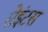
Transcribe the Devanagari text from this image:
सेइंटस